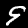
Digit: 9